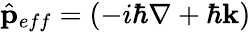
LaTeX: {\hat{\mathbf{p}}}_{eff}=\left(-i\hbar\nabla+\hbar\mathbf{k}\right)